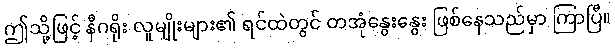
ဤသို့ဖြင့် နီဂရိုး လူမျိုးများ၏ ရင်ထဲတွင် တအုံနွေးနွေး ဖြစ်နေသည်မှာ ကြာပြီ။